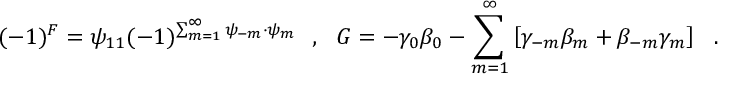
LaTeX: ( - 1 ) ^ { F } = \psi _ { 1 1 } ( - 1 ) ^ { \sum _ { m = 1 } ^ { \infty } \psi _ { - m } \cdot \psi _ { m } } ~ ~ , ~ ~ { G } = - \gamma _ { 0 } \beta _ { 0 } - \sum _ { m = 1 } ^ { \infty } \left[ \gamma _ { - m } \beta _ { m } + \beta _ { - m } \gamma _ { m } \right] ~ ~ .